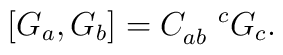
\left[ G_a,G_b\right] =C_{ab}^{\quad c}G_c.